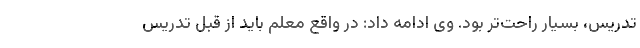
تدریس، بسیار راحت‌تر بود. وی ادامه داد: در واقع معلم باید از قبل تدریس